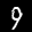
Label: 9